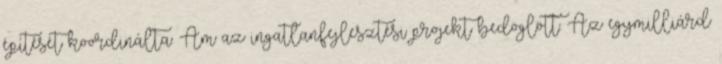
építését koordinálta. Ám az ingatlanfejlesztési projekt bedöglött. Az egymilliárd